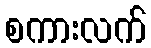
စကားလက်